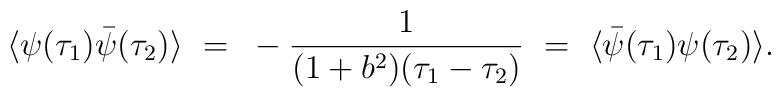
\langle \psi(\tau_1) \bar{\psi}(\tau_2) \rangle  ~ = ~ -{1\over (1+ b^2)(\tau_1  -\tau_2)} ~ = ~ \langle \bar{\psi}(\tau_1) \psi(\tau_2) \rangle .